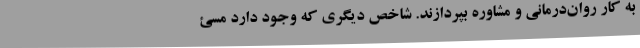
به کار روان‌درمانی و مشاوره بپردازند. شاخص دیگری که وجود دارد مسئ